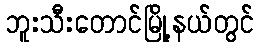
ဘူးသီးတောင်မြို့နယ်တွင်